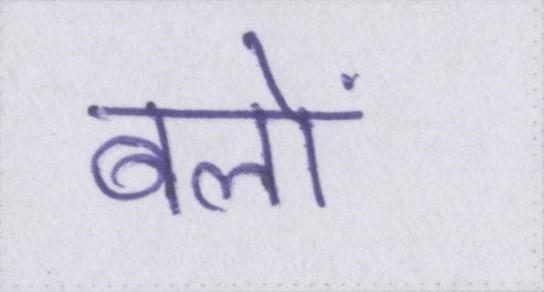
बलों